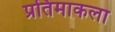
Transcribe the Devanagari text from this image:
प्रतिमाकला